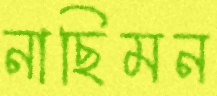
নাছিমন